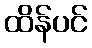
ထိန်ပင်